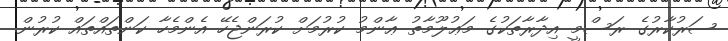
ސަރުކާރުގެ ރަސްމީ އިދާރާތަކުގެ މަޢުލޫމާތު ޢާންމު ކުރުމަށް ކުރަންޖެހޭ އެންމެހާ ކަންތައްތައް ކުރުން.